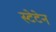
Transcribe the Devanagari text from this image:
स्टेटेन